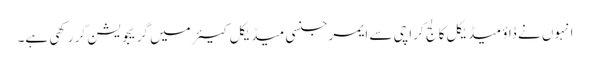
انہوں نے ڈاؤ میڈیکل کالج کراچی سے ایمرجنسی میڈیکل کیئر میں گریجویشن کر رکھی ہے۔